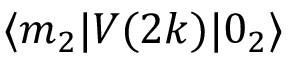
\langle m _ { 2 } | V ( 2 k ) | 0 _ { 2 } \rangle